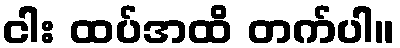
ငါး ထပ်အထိ တက်ပါ။